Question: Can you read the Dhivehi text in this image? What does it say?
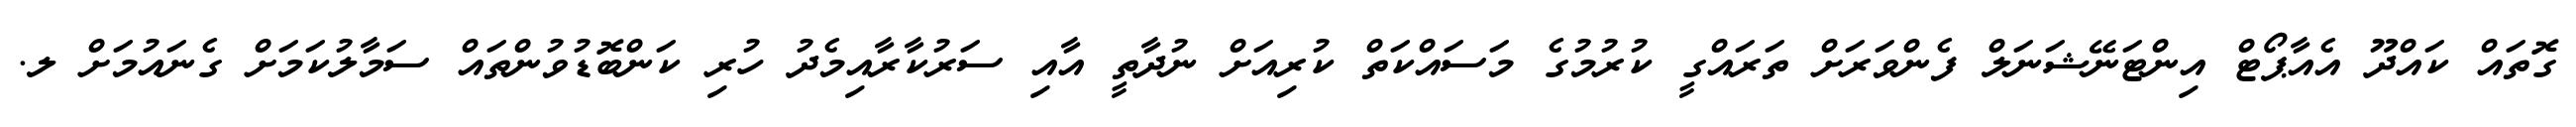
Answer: ގޮތައް ކައްދޫ އެއާޕޯޓް އިންޓަނޭޝަނަލް ފެންވަރަށް ތަރައްގީ ކުރުމުގެ މަސައްކަތް ކުރިއަށް ނުދާތީ އާއި ސަރުކާރާއިމެދު ހުރި ކަންބޮޑުވުންތައް ސަމާލުކަމަށް ގެނައުމަށް ލ.